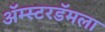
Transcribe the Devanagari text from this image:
ॲम्स्टरडॅमला